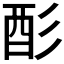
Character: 𫹉